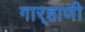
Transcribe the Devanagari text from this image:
गार्‍हाणी